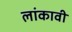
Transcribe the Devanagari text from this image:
लांकावी